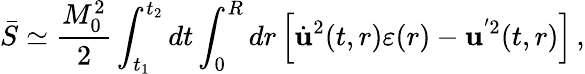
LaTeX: \bar{S}\simeq\frac{M_{0}^{2}}{2}\int_{t_{1}}^{t_{2}}dt\int_{0}^{R}dr\left[\dot{\mathbf u}^{2}(t,r)\varepsilon(r)-{\mathbf u}^{'2}(t,r)\right]\, {,}